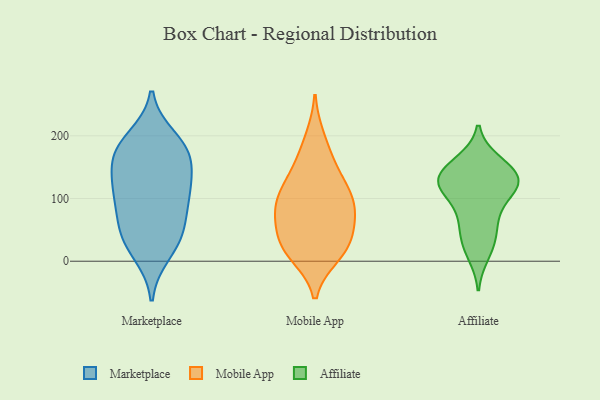
{"axis": {"x": "Demand Index", "y": "Value"}, "legend": ["Affiliate", "Marketplace", "Mobile App"], "data": [{"x": "", "y": 39, "type": "Marketplace"}, {"x": "", "y": 35, "type": "Marketplace"}, {"x": "", "y": 171, "type": "Marketplace"}, {"x": "", "y": 55, "type": "Marketplace"}, {"x": "", "y": 13, "type": "Marketplace"}, {"x": "", "y": 110, "type": "Marketplace"}, {"x": "", "y": 108, "type": "Marketplace"}, {"x": "", "y": 121, "type": "Marketplace"}, {"x": "", "y": 195, "type": "Marketplace"}, {"x": "", "y": 119, "type": "Marketplace"}, {"x": "", "y": 73, "type": "Marketplace"}, {"x": "", "y": 175, "type": "Marketplace"}, {"x": "", "y": 176, "type": "Marketplace"}, {"x": "", "y": 167, "type": "Marketplace"}, {"x": "", "y": 10, "type": "Mobile App"}, {"x": "", "y": 31, "type": "Mobile App"}, {"x": "", "y": 66, "type": "Mobile App"}, {"x": "", "y": 107, "type": "Mobile App"}, {"x": "", "y": 89, "type": "Mobile App"}, {"x": "", "y": 18, "type": "Mobile App"}, {"x": "", "y": 17, "type": "Mobile App"}, {"x": "", "y": 143, "type": "Mobile App"}, {"x": "", "y": 36, "type": "Mobile App"}, {"x": "", "y": 77, "type": "Mobile App"}, {"x": "", "y": 116, "type": "Mobile App"}, {"x": "", "y": 161, "type": "Mobile App"}, {"x": "", "y": 72, "type": "Mobile App"}, {"x": "", "y": 104, "type": "Mobile App"}, {"x": "", "y": 196, "type": "Mobile App"}, {"x": "", "y": 89, "type": "Affiliate"}, {"x": "", "y": 24, "type": "Affiliate"}, {"x": "", "y": 11, "type": "Affiliate"}, {"x": "", "y": 73, "type": "Affiliate"}, {"x": "", "y": 55, "type": "Affiliate"}, {"x": "", "y": 146, "type": "Affiliate"}, {"x": "", "y": 127, "type": "Affiliate"}, {"x": "", "y": 122, "type": "Affiliate"}, {"x": "", "y": 116, "type": "Affiliate"}, {"x": "", "y": 43, "type": "Affiliate"}, {"x": "", "y": 157, "type": "Affiliate"}, {"x": "", "y": 128, "type": "Affiliate"}, {"x": "", "y": 121, "type": "Affiliate"}, {"x": "", "y": 159, "type": "Affiliate"}, {"x": "", "y": 135, "type": "Affiliate"}, {"x": "", "y": 124, "type": "Affiliate"}]}